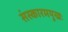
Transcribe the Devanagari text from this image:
संस्कारमयूखः